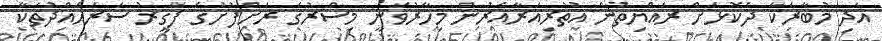
އަދި މުބާރަކާ ދެކޮޅަށް ރައްޔިތުން އުތުރިއަރާއެރުން މިހާރުވަނީ މިސްރުގެ ރަށްފުށުގެ ފަގީރު ސަރަޙައްދުތަކާ